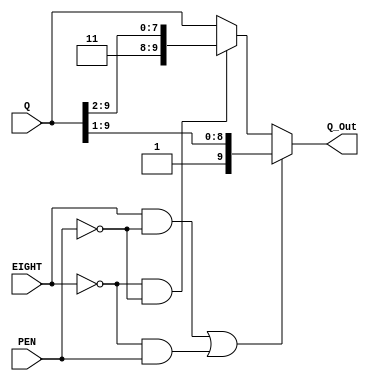
`timescale 1ns / 1ps

//******************************************************************************//
//  Project:	CECS 460 Project 4: Full UART                                   //
//                                                                              //
//	Created by Vince Nguyen on May 11, 2020                                     //
//  Copyright  2020 Vince Nguyen.  All rights reserved.                        //
//                                                                              //
//  In submitting this file for class work at CSULB I am confirming that this   //
//  is my work and the work of no one else.  In submitting this code I          //
//  acknowledge that plagiarism in student project work is subject to dismissal //
//  from the class.                                                             //
//                                                                              //
//******************************************************************************//

module Right_Justify(
    input       [9:0]   Q,
    input               EIGHT,
    input               PEN,
    output  reg [9:0]   Q_Out
    );
    
    always @(*)
        if((EIGHT && ~PEN) || (~EIGHT && PEN))
            Q_Out = {1'b1, Q[9:1]};
        else if(~EIGHT && ~PEN)
            Q_Out = {2'b11, Q[9:2]};
        else
            Q_Out = Q;
endmodule